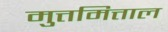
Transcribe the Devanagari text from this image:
मुत्तमित्ताल